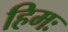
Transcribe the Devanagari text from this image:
हिमः